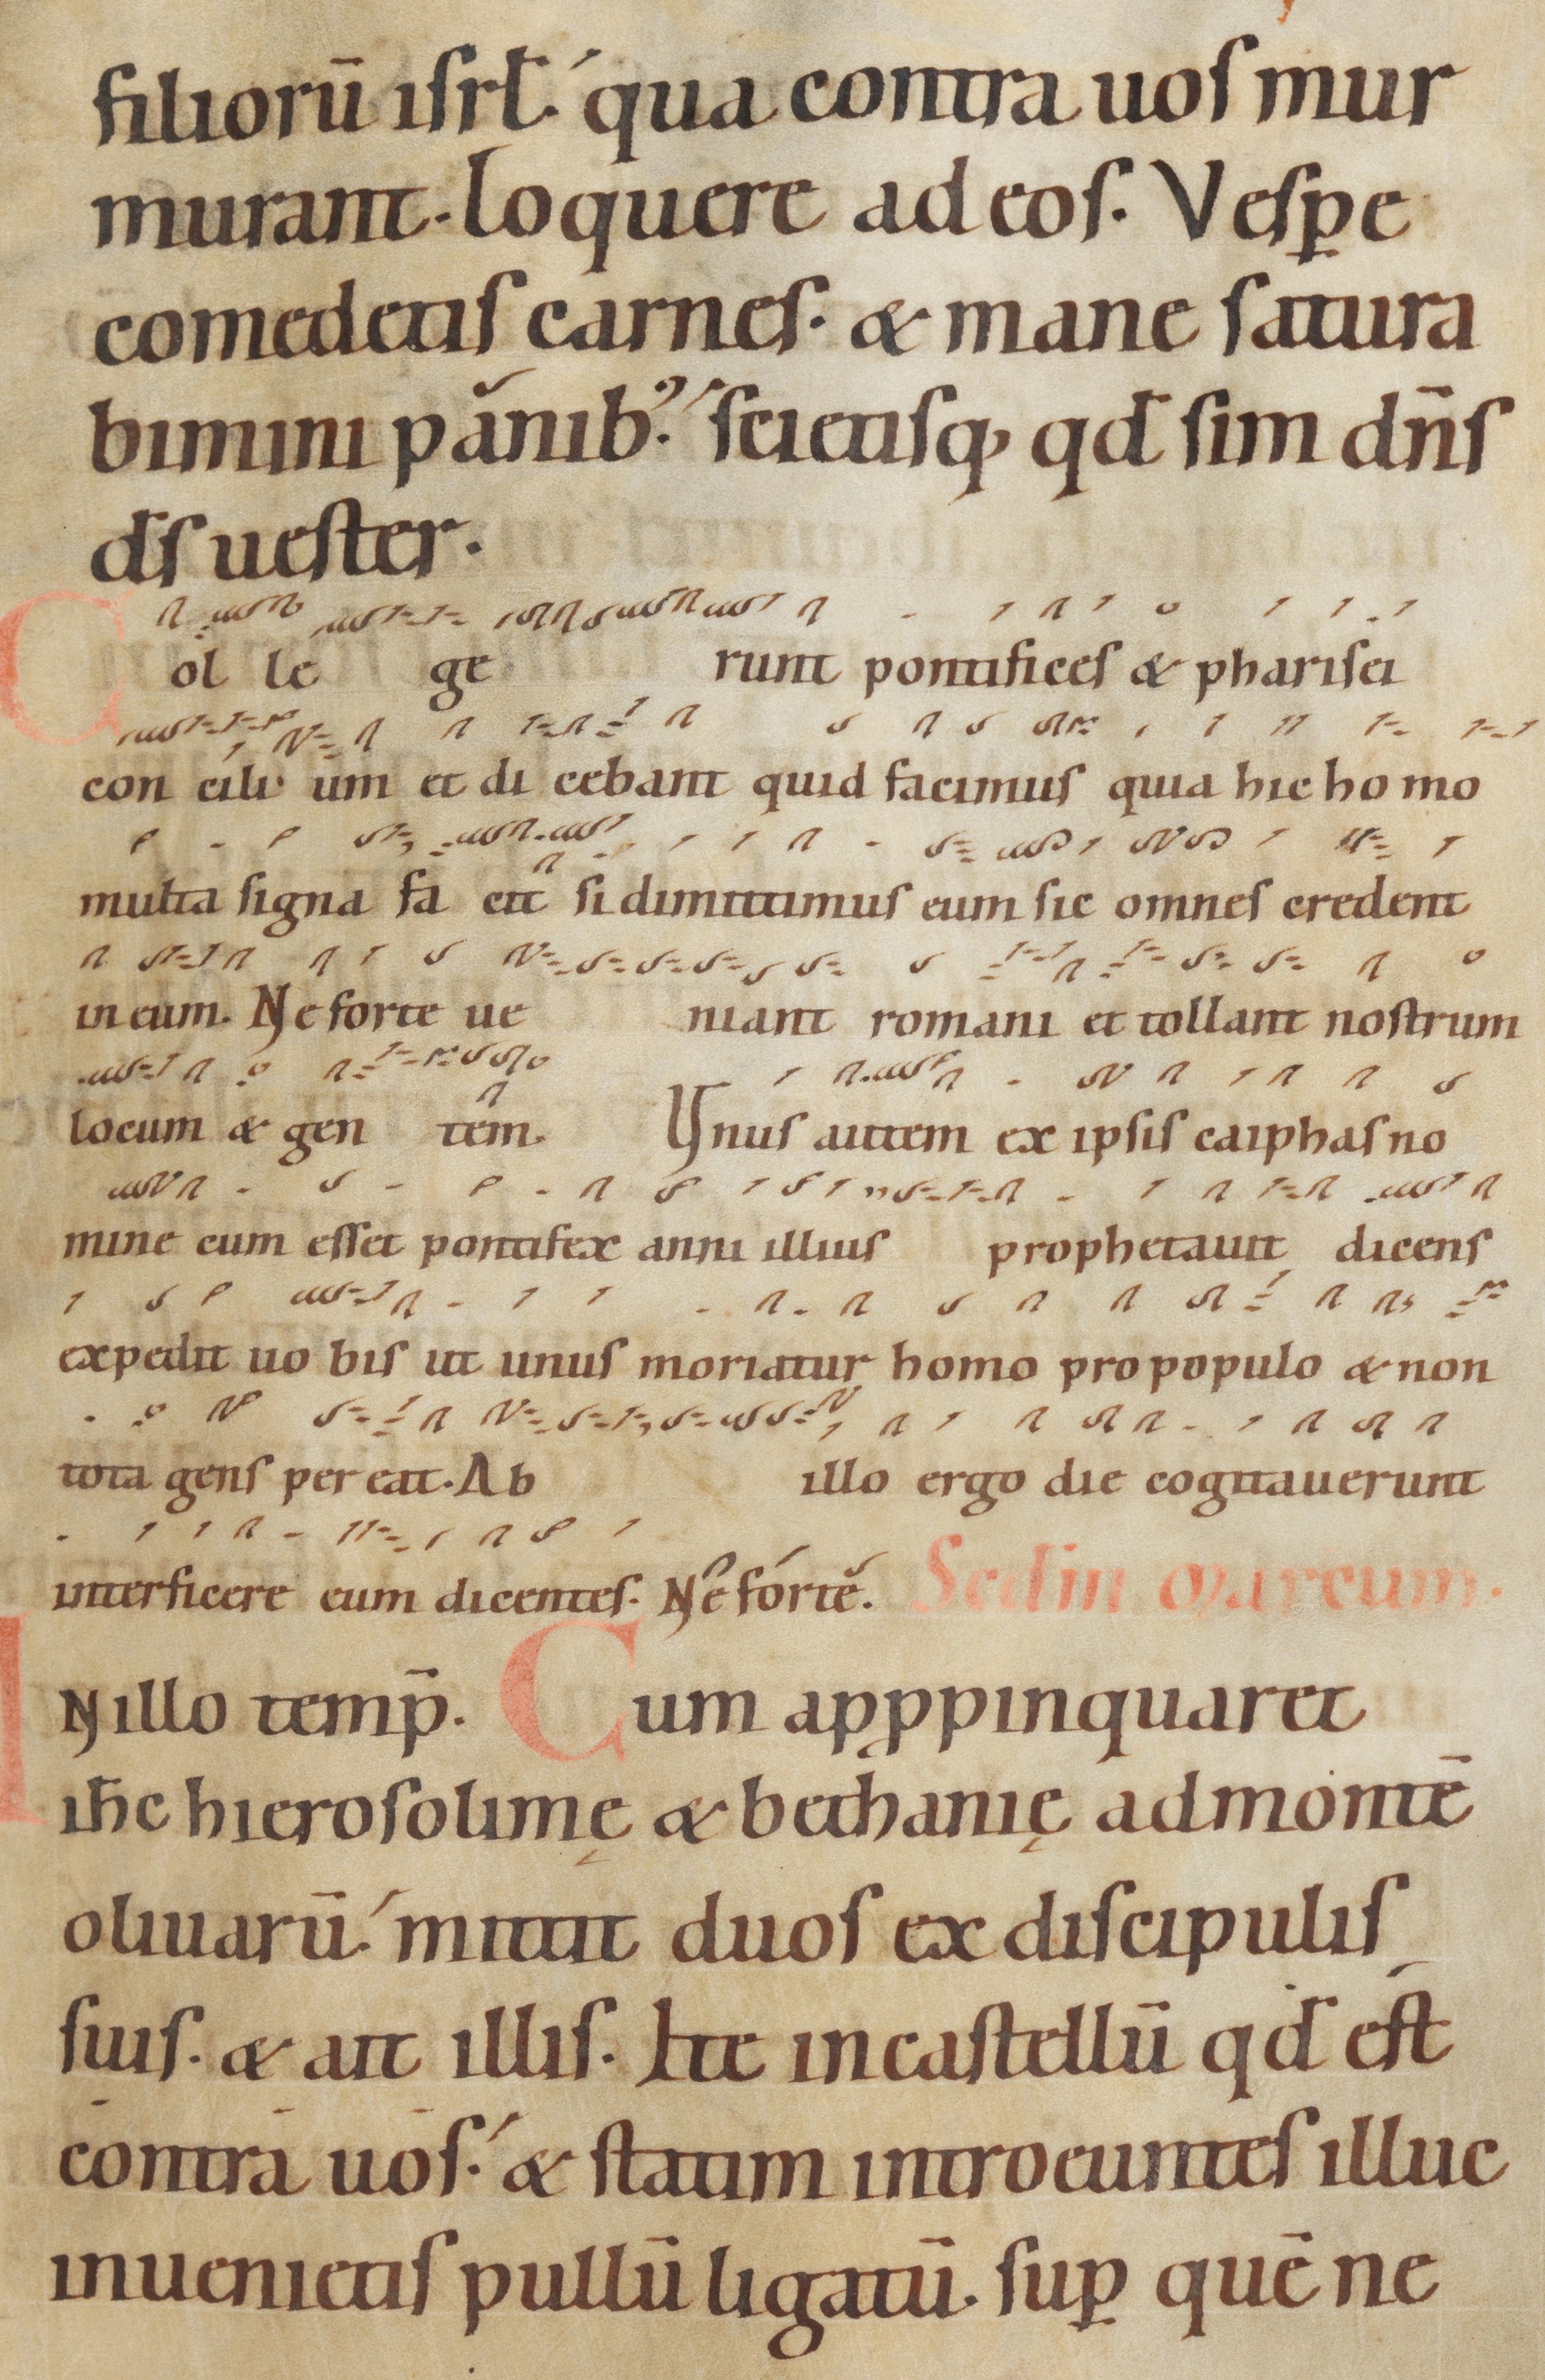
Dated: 1100–1199